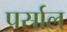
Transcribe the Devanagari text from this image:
पर्साल